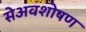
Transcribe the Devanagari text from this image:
सेअवशोषण